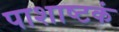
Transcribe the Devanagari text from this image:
पाशाष्टकं